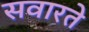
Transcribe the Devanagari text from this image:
सवारते